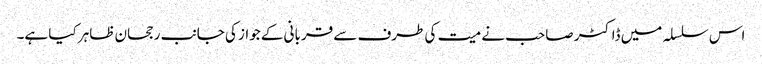
اس سلسلہ میں ڈاکٹر صاحب نے میت کی طرف سے قربانی کے جواز کی جانب رجحان ظاہر کیا ہے۔